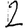
Digit: 2